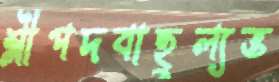
শ্লীপদবাহুল্যভ